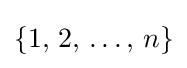
\{1,\,2,\,\dots ,\,n\}